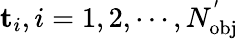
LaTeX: \mathbf{t}_{i},i=1,2,\cdots,N_{\mathrm{{obj}}}^{'}